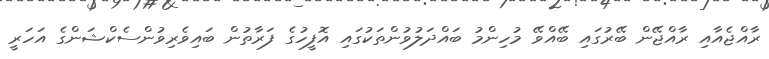
ރާއްޖެއާއި ރާއްޖޭން ބޭރުގައި ބޭއްވޭ މުހިންމު ބައްދަލުވުންތަކުގައި އޮފީހުގެ ފަރާތުން ބައިވެރިވުންސެކްޝަންގެ އަހަރީ